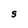
Character: S